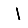
Digit: 1